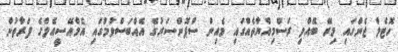
ހޮޓެލް ޖެންގައި މިރޭ ބޭއްވި ރަސްމިއްޔާތެއްގައި މެއިން ސްޕޮންސަރުގެ އެއްބަސްވުމުގައި އެމްއޭސީއެލްގެ ފަރާތުން